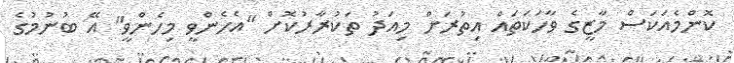
ކޮންމެއަކަސް މާޒީގެ ވާހަކަތައް އިތުރަށް މިއަދު ތަކުރާރުކޮށް "އެހެންވީ މިހެންވީ" އޭ ބުނުމުގެ